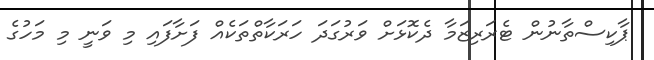
ޕާކިސްތާނުން ޓެރަރިޒަމާ ދެކޮޅަށް ވަރުގަދަ ހަރަކާތްތަކެއް ފަށާފައި މި ވަނީ މި މަހުގެ